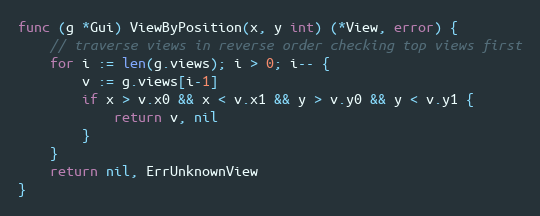
Language: Go
func (g *Gui) ViewByPosition(x, y int) (*View, error) {
	// traverse views in reverse order checking top views first
	for i := len(g.views); i > 0; i-- {
		v := g.views[i-1]
		if x > v.x0 && x < v.x1 && y > v.y0 && y < v.y1 {
			return v, nil
		}
	}
	return nil, ErrUnknownView
}